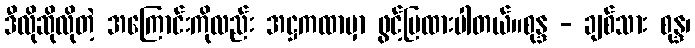
ဒီလိုဆိုလိုတဲ့ အကြောင်းကိုလည်း အဋ္ဌကထာမှာ ဖွင့်ပြထားပါတယ်။စုန္ဒ - ချစ်သား စုန္ဒ၊